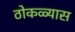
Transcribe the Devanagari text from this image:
ठोकळ्यास